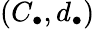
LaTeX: (C_{\bullet},d_{\bullet})